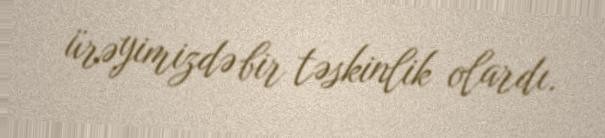
ürəyimizdə bir təskinlik olardı.